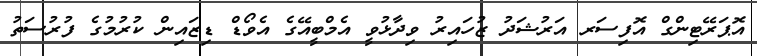
އޮޕަރޭޓިންގް އޮފިސަރ އަރުޝަދު ޒުހައިރު ވިދާޅުވީ އެމްބީއޭގެ އެވޯޑް ޑިޒައިން ކުރުމުގެ ފުރުސަތު